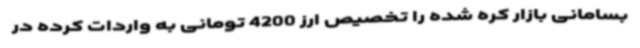
بسامانی بازار کره شده را تخصیص ارز 4200 تومانی به واردات کرده در